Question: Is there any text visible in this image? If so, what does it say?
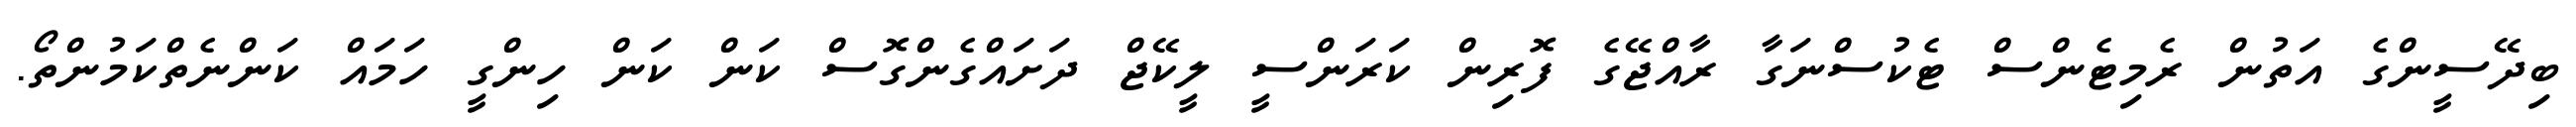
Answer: ބިދޭސީންގެ އަތުން ރެމިޓެންސް ޓެކުސްނަގާ ރާއްޖޭގެ ފޮރިން ކަރަންސީ ލީކޭޖް ދަށައްގެންގޮސް ކަން ކަން ހިންގީ ހަމައް ކަންނެތްކަމުންތޯ.